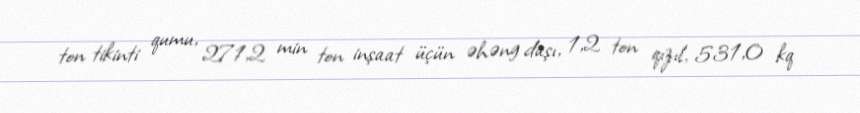
ton tikinti qumu, 271,2 min ton inşaat üçün əhəng daşı, 1,2 ton qızıl, 531,0 kq